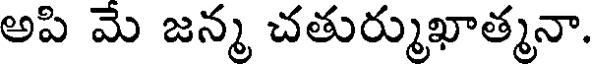
అపి మె జన్మ చతుర్ముఖాత్మనా.